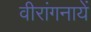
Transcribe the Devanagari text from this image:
वीरांगनायें